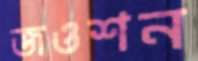
জওশন